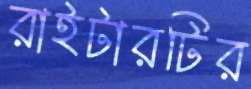
রাইটারটির